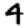
Digit: 4